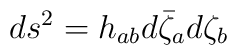
ds^{2}= h_{ab} d\bar{\zeta}_{a} d\zeta_{b}